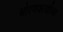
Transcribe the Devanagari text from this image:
धोरणकर्त्याच्या